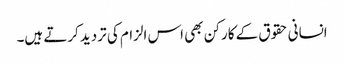
انسانی حقوق کے کارکن بھی اس الزام کی تردید کرتے ہیں۔